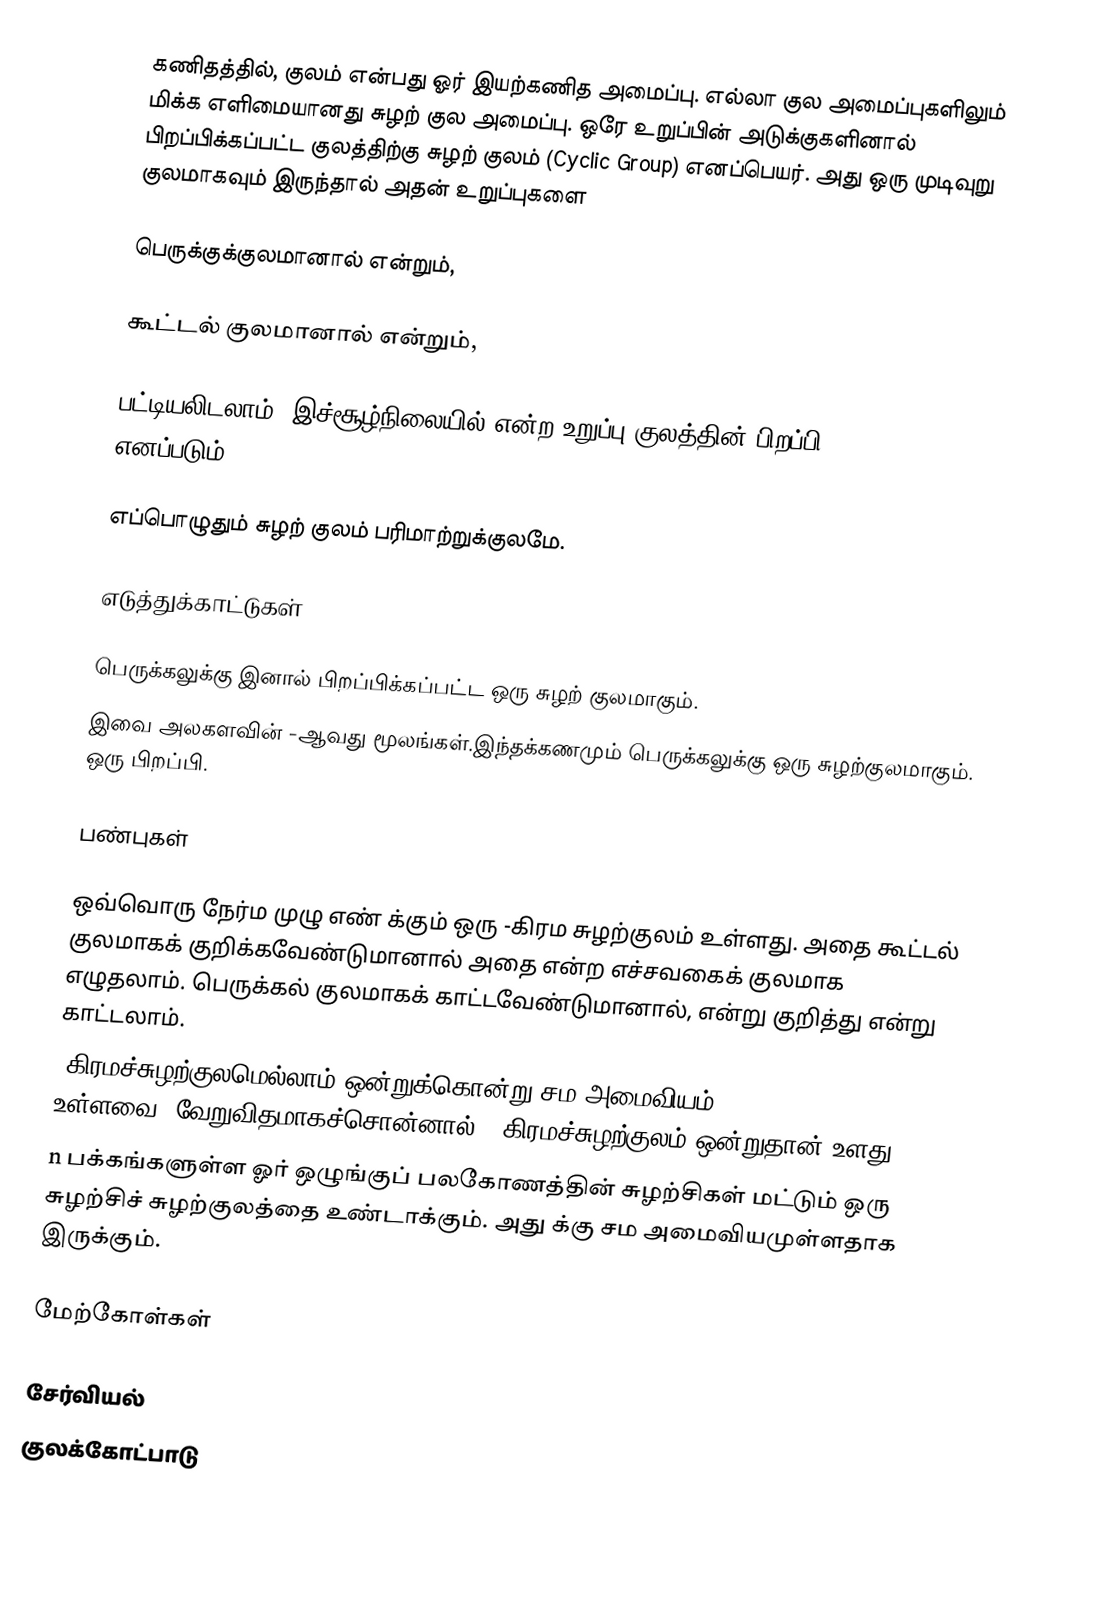
கணிதத்தில், குலம் என்பது ஓர் இயற்கணித அமைப்பு. எல்லா குல அமைப்புகளிலும் மிக்க எளிமையானது சுழற் குல அமைப்பு. ஒரே உறுப்பின் அடுக்குகளினால் பிறப்பிக்கப்பட்ட குலத்திற்கு சுழற் குலம் (Cyclic Group) எனப்பெயர். அது ஒரு முடிவுறு குலமாகவும் இருந்தால் அதன் உறுப்புகளை

 பெருக்குக்குலமானால்  என்றும்,

 கூட்டல் குலமானால்  என்றும்,

பட்டியலிடலாம். இச்சூழ்நிலையில்  என்ற உறுப்பு குலத்தின் பிறப்பி (Generator) எனப்படும்.

எப்பொழுதும் சுழற் குலம் பரிமாற்றுக்குலமே.

எடுத்துக்காட்டுகள்

  பெருக்கலுக்கு  இனால் பிறப்பிக்கப்பட்ட ஒரு சுழற் குலமாகும்.
  இவை அலகளவின் -ஆவது  மூலங்கள்.இந்தக்கணமும் பெருக்கலுக்கு ஒரு சுழற்குலமாகும்.  ஒரு பிறப்பி.

பண்புகள்

 ஒவ்வொரு நேர்ம முழு எண்  க்கும் ஒரு -கிரம சுழற்குலம் உள்ளது. அதை கூட்டல் குலமாகக் குறிக்கவேண்டுமானால் அதை  என்ற எச்சவகைக் குலமாக எழுதலாம். பெருக்கல் குலமாகக் காட்டவேண்டுமானால்,  என்று குறித்து  என்று காட்டலாம்.
  -கிரமச்சுழற்குலமெல்லாம் ஒன்றுக்கொன்று சம அமைவியம் (isomorphism) உள்ளவை. வேறுவிதமாகச்சொன்னால், -கிரமச்சுழற்குலம் ஒன்றுதான் உளது.
 n பக்கங்களுள்ள ஓர் ஒழுங்குப் பலகோணத்தின் சுழற்சிகள் மட்டும் ஒரு சுழற்சிச் சுழற்குலத்தை உண்டாக்கும். அது  க்கு சம அமைவியமுள்ளதாக இருக்கும்.

மேற்கோள்கள்

சேர்வியல்
குலக்கோட்பாடு